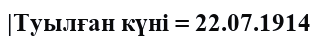
|Туылған күні = 22.07.1914